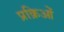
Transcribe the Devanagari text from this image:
प्रक्रिओं